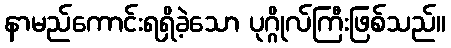
နာမည်ကောင်းရရှိခဲ့သော ပုဂ္ဂိုလ်ကြီးဖြစ်သည်။